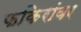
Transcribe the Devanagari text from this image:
फकिरांवर